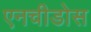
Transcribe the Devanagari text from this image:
एनचीडोस